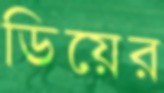
ডিয়ের